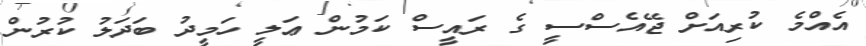
އެއްމެ ކުރިއަށް ޖޭއެސްސީ ގެ ރައީސް ކަމުން ޢަލީ ހަމީދު ބަދަލު ކުރުން